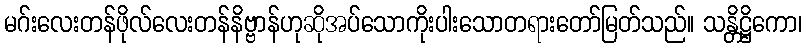
မဂ်းလေးတန်ဖိုလ်လေးတန်နိဗ္ဗာန်ဟုဆိုအပ်သောကိုးပါးသောတရားတော်မြတ်သည်။ သန္တိဋ္ဌိကော၊